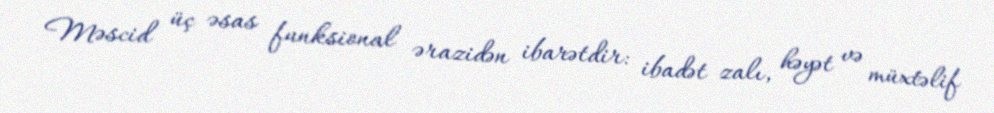
Məscid üç əsas funksional ərazidən ibarətdir: ibadət zalı, həyət və müxtəlif